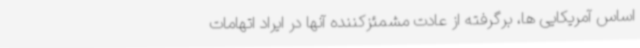
اساس آمریکایی ها، برگرفته از عادت مشمئزکننده آنها در ایراد اتهامات